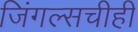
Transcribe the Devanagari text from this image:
जिंगल्सचीही